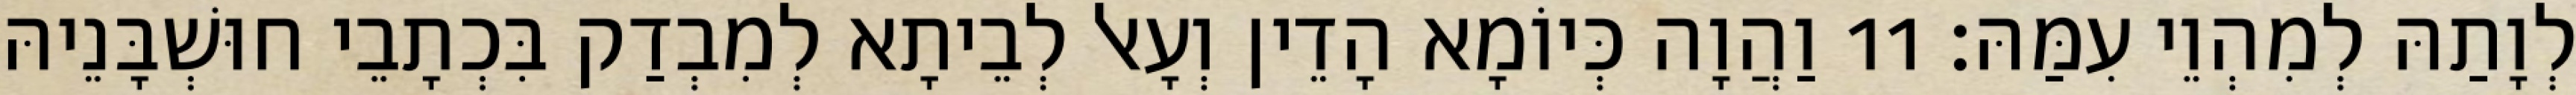
לְוָתַהּ לְמִהְוֵי עִמַּהּ׃ 11 וַהֲוָה כְּיוֹמָא הָדֵין וְעָאל לְבֵיתָא לְמִבְדַק בִּכְתָבֵי חוּשְׁבָּנֵיהּ